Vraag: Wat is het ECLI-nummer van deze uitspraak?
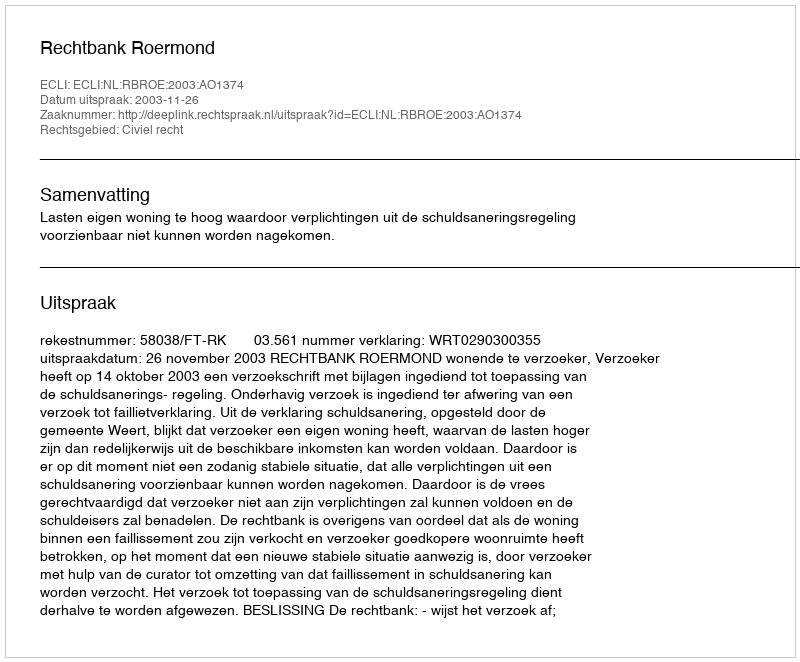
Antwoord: ECLI:NL:RBROE:2003:AO1374